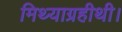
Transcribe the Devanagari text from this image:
मिथ्याग्रहीथी।